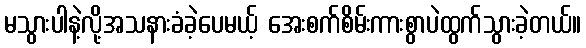
မသွားပါနဲ့လို့အသနားခံခဲ့ပေမယ့် အေးစက်စိမ်းကားစွာပဲထွက်သွားခဲ့တယ်။